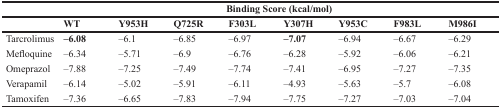
|  | <COLSPAN=8> Binding Score (kcal/mol) |
 |  | WT | Y953H | Q725R | F303L | Y307H | Y953C | F983L | M986I |
 | --- | --- | --- | --- | --- | --- | --- | --- | --- |
 | Tarcrolimus | –6.08 | –6.1 | –6.85 | –6.97 | –7.07 | –6.94 | –6.67 | –6.29 |
 | Mefloquine | –6.34 | –5.71 | –6.9 | –6.76 | –6.28 | –5.92 | –6.06 | –6.21 |
 | Omeprazol | –7.88 | –7.25 | –7.49 | –7.74 | –7.41 | –6.95 | –7.27 | –7.35 |
 | Verapamil | –6.14 | –5.02 | –5.91 | –6.11 | –4.93 | –5.63 | –5.7 | –6.08 |
 | Tamoxifen | –7.36 | –6.65 | –7.83 | –7.94 | –7.75 | –7.27 | –7.03 | –7.04 |